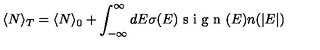
\langle N \rangle _ { T } = \langle N \rangle _ { 0 } + \int _ { - \infty } ^ { \infty } d E \sigma ( E ) \textrm { s i g n } ( E ) n ( | E | ) \quad